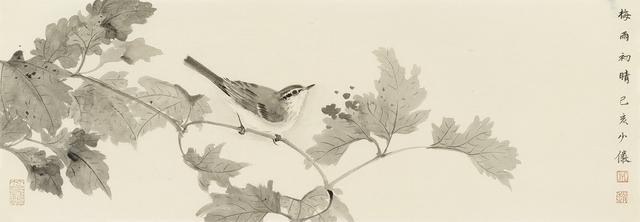
携箩驱出敢偷闲，雪胫冰须惯忍寒。